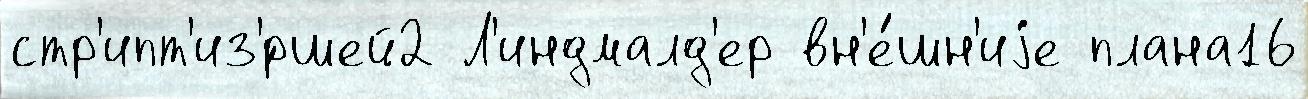
стр'ипт'из'́ршей2 Л'индмалд'ер вн'е́шн'иjе плана16